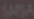
SASA